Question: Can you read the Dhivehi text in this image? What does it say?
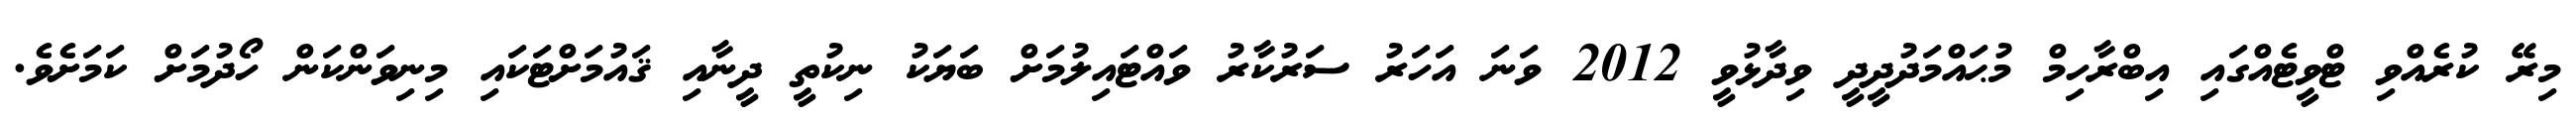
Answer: މިރޭ ކުރެއްވި ޓްވީޓެއްގައި އިބްރާހިމް މުޙައްމަދުދީދީ ވިދާޅުވީ 2012 ވަނަ އަހަރު ސަރުކާރު ވައްޓައިލުމަށް ބަޔަކު ނިކުތީ ދީނާއި ޤައުމަށްޓަކައި މިނިވަންކަން ހޯދުމަށް ކަމަށެވެ.